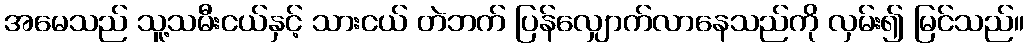
အမေသည် သူ့သမီးငယ်နှင့် သားငယ် တဲဘက် ပြန်လျှောက်လာနေသည်ကို လှမ်း၍ မြင်သည်။